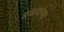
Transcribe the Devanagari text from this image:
मळ्यांच्या